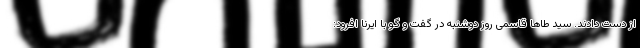
از دست دادند. سید طاها قاسمی روز دوشنبه در گفت و گو با ایرنا افرود: